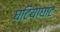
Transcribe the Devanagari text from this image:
घटियाघाट